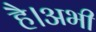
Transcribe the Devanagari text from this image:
है।अभी